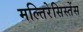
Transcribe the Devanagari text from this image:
मल्तिरेसिस्तेंस